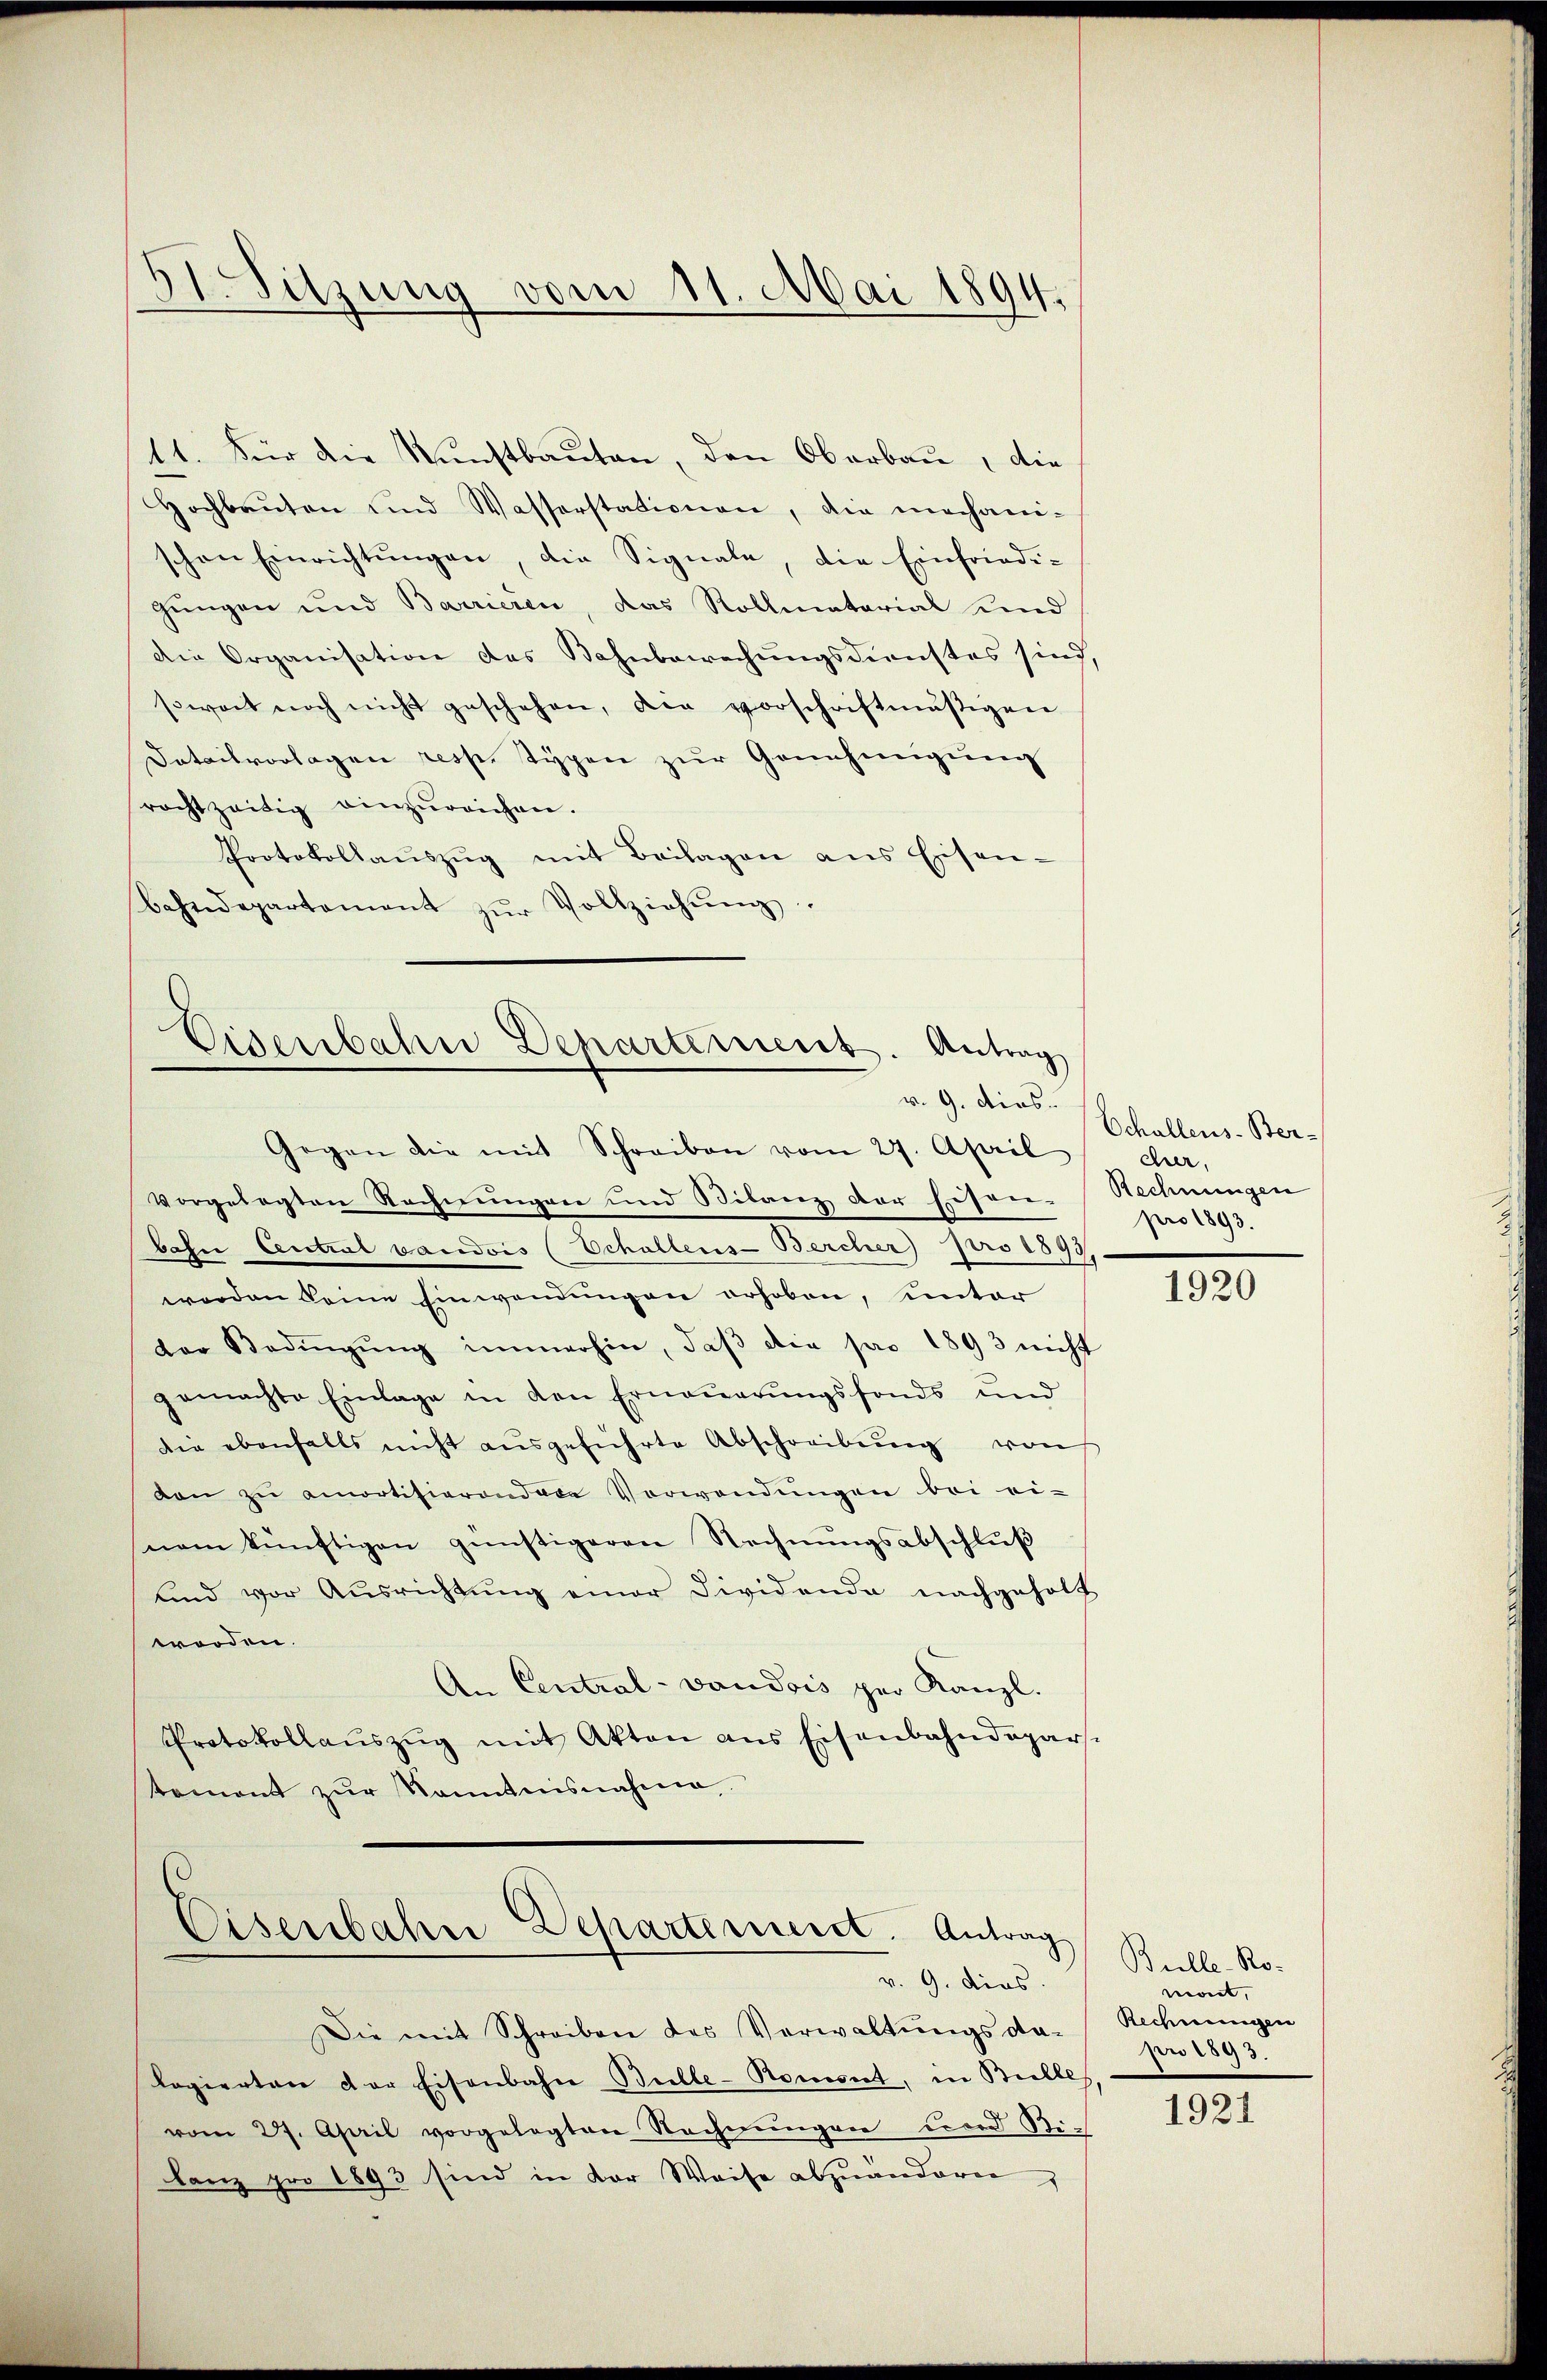
ASitzung vom 11. Mai 1894.

11. Für die Kunstbauten, den Oberbau, die
Hochbaŭten und Wasserstationen, die mechani-
schon Einrichtungen, die Signale, die Einfriedi-
jungen und Barrieren, das Rollmatarial und
die Organisation des Bahnbewechungsdienstes sind,
swart noch nicht geschehen, die vorschriftmäßigen
Datailvorlagen resp. Typen zŭr Genehmigŭng
rachtzeitig einzŭreichen.
Protokollaŭszŭg mit Beilagen ans Eisen-
bahndepartament zŭr Vollziehŭng.

e
Eisenbahn Departement. Antrag
v. 9. dies.

Eisenbahn Departement. Antrag
v. 9. dies

Gegen die mit Schreiben vom 27. April
vorgelegten Rechnungen und Bilanz der hofrer-
bahn Central vaudois (Schallens-Bercher pro 1899
worden keine Einwendungen erhoben, unter
der Bedingŭng immerhin, daβ die pro 1893 nicht
gemachte Einlage in den Erneŭerŭngsfonds und
die ebenfalls nicht aŭsgeführte Abschreibŭng von
dan zŭ amortisierondere Verwendŭngen bei ei-
nem künftigen günstigeren Rechnŭngsabschlŭβ
und vor Ausrichtung einer Dividende nachgeholt
worden.
An Central- vaudois per Kanzl.
Protokollaŭszŭg mit Akten aus Eisenbahndepar-
tement zur Kenntnisnahme.

Schallens-Bercher,
Rechnungen
pro 1893.

Die mit Schreiben des Verwaltungsda-
Rogierten der Eisenbahn Bulle-Romont, in Bille,
vom 27. April vorgelegten Rechnŭngen und Sti-
lanz pro 1893 sind in der Weise abzuänderen,

1920

Bulle-Romont,
Rechnungen
pr 1893.

1921